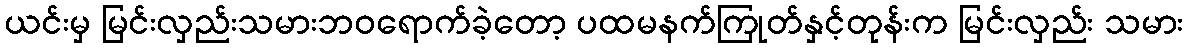
ယင်းမှ မြင်းလှည်းသမားဘဝရောက်ခဲ့တော့ ပထမနက်ကြုတ်နှင့်တုန်းက မြင်းလှည်း သမား